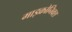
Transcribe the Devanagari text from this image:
माइक्रोनिक्स